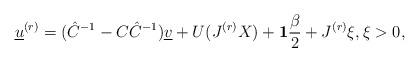
LaTeX: \begin{align*}\underline{u}^{(r)} = (\hat{C}^{-1}- C\hat{C}^{-1})\underline{v}+ U(J^{(r)}X) + \mathbf{1}\frac{\beta}{2}+J^{(r)} \xi, \xi>0, \end{align*}